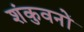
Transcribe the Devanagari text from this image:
शंकुवनों